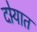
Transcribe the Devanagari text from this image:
दोर्‍यात